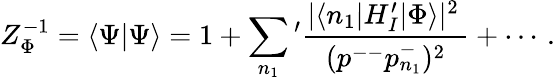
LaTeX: Z_{\Phi}^{-1}=\langle\Psi|\Psi\rangle=1+\sum_{n_{1}}{'}\frac{|\langle n_{1}|H_{I}^{\prime}|\Phi\rangle|^{2}\, }{\, (p^{--}p_{n_{1}}^{-})^{2}\, }+\cdots\, .